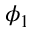
\phi _ { 1 }